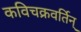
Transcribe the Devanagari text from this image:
कविचक्रवर्तिन्